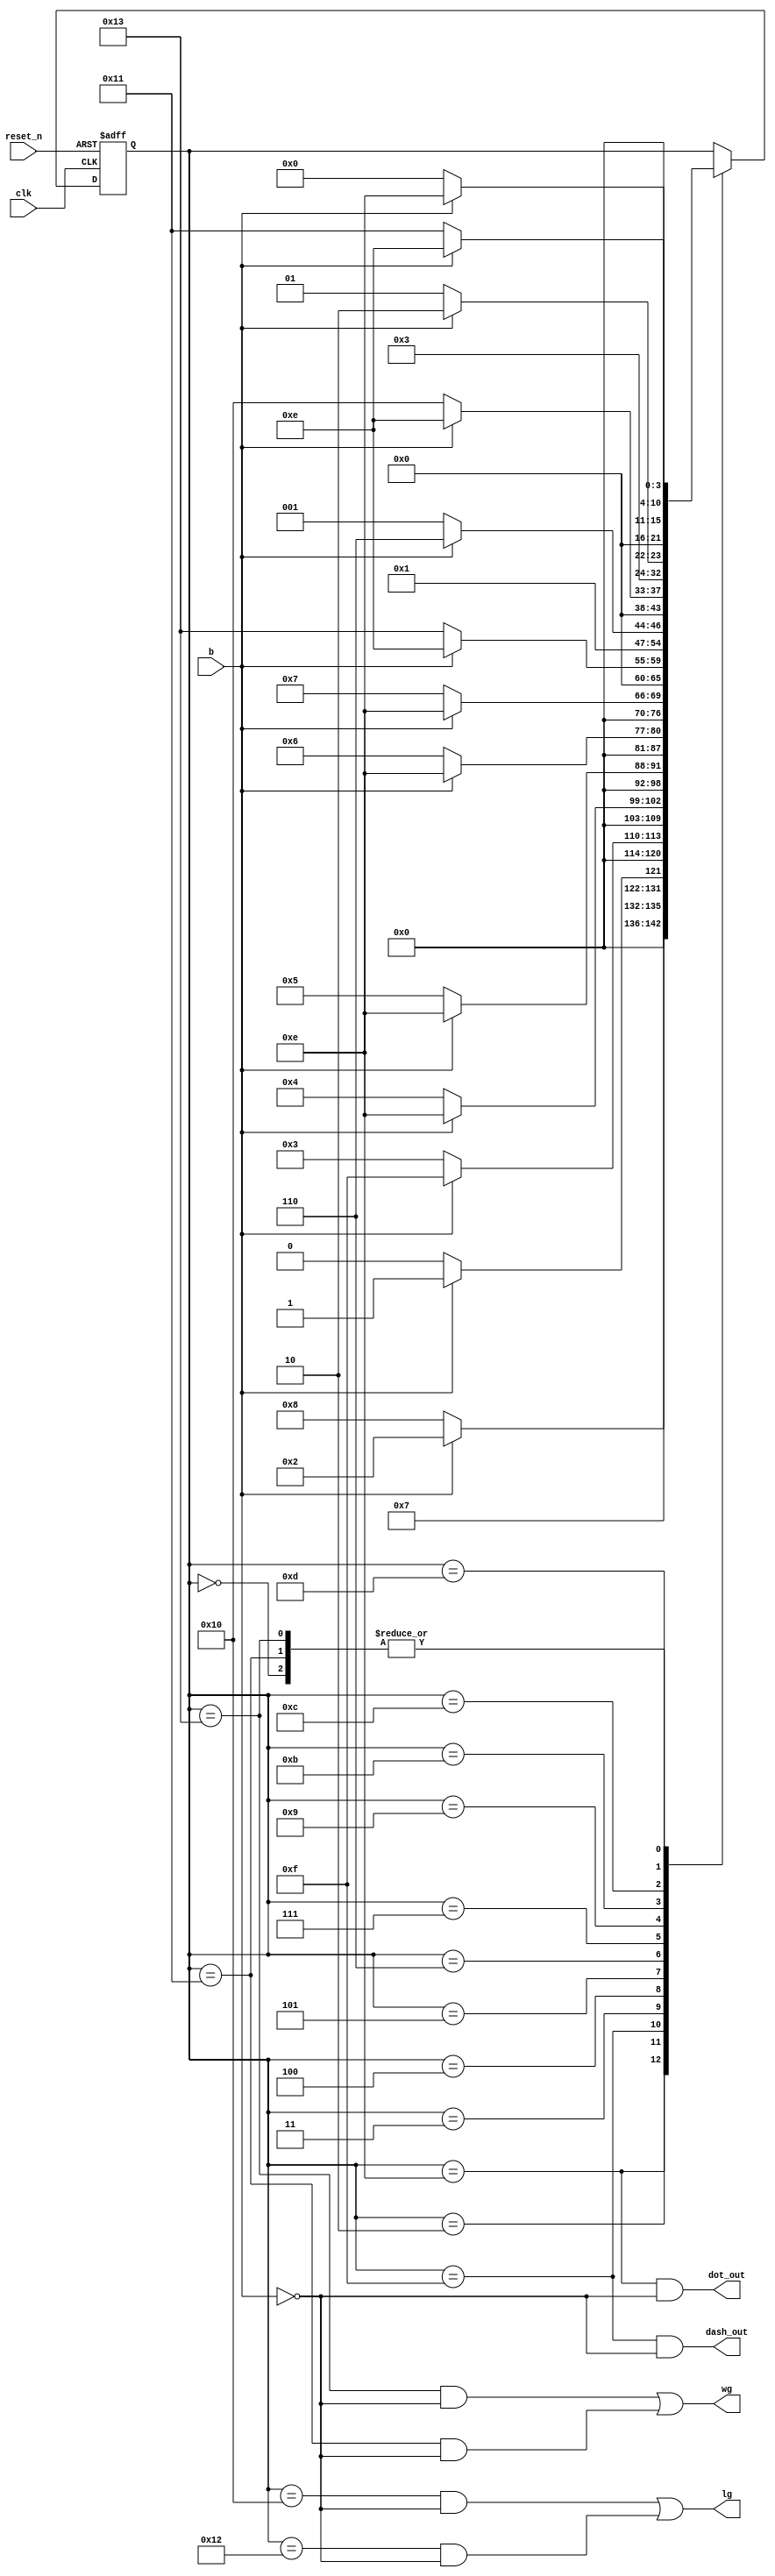
`timescale 1ns / 1ps
//////////////////////////////////////////////////////////////////////////////////
// Company: 
// Engineer: 
// 
// Design Name: 
// Module Name: morse_code_fsm
// Project Name: 
// Target Devices: 
// Tool Versions: 
// Description: 
// 
// Dependencies: 
// 
// Revision:
// Revision 0.01 - File Created
// Additional Comments:
// 
//////////////////////////////////////////////////////////////////////////////////


module morse_code_fsm(
    input clk,reset_n,
    output dot_out,dash_out,lg,wg,
    input b
    );
   
    reg [10:0] state_reg, state_next;
    localparam s0 = 0;
    localparam s8 = 8;
    localparam s2 = 2;
    localparam s3 = 3;
    localparam s4 = 4;
    localparam s5 = 5;
    localparam s6 = 6;
    localparam s7 = 7;
    
    localparam s9 = 9;
    
    localparam s11 = 11;
    localparam s12 = 12;
    localparam s13 = 13;
    localparam sdot = 14;
    localparam sdash = 15;
    localparam sLG1 = 16;
    localparam sWG1 = 17;
    localparam sLG2 = 18;
    localparam sWG2 = 19;
    // State register
    always @(posedge clk, negedge reset_n)
    begin
        if (~reset_n)
            state_reg <= s0;
        else
            state_reg <= state_next;
    end
    
    // Next State
    always @(*)
    begin
        state_next = state_reg;
        case(state_reg)
              
            s0: if(~b) //goes to dot output
                    state_next = s0;
               else if (b)
                    state_next = sdot;
               else
                    state_next = s0;
            sdot: if(~b) 
                    state_next = s8;
               else if (b)
                    state_next = s2;
               else
                    state_next = sdot;            
             
            s2: if(b)  
                    state_next = sdash;
            else if (~b)
                    state_next = sdot;
            else 
                    state_next = s2;
                    
            sdash: if(b) //dash output
                    state_next = sdash;
             else if (~b)
                    state_next = s3;
             else
                    state_next = sdash;
            s3: if(~b)  
                    state_next = s4;
                else if (b)
                    state_next = sdot;
            s4: if(~b)  
                    state_next = s5;
                 else if (b)
                    state_next = sdot;
            s5: if(~b)  
                    state_next = s6;
                 else if (b)
                    state_next = sdot;
            s6: if(~b)  
                    state_next = s7;
                   else if (b)
                    state_next = sdot;  
            s7: if(~b)  
                    state_next = sWG2;
                    else if (b)
                    state_next = sdot;
            sWG2: if(~b)  
                    state_next = s0;
                    else if (b)
                    state_next = sdot;
            s9: if(~b)  
                    state_next = s9;
                    else if (b)
                    state_next = sdot;
            s9: if(~b)  
                    state_next = sLG1;
                    else if (b)
                    state_next = sdot;
             s11: if(~b)  
                    state_next = sLG1;
                    else if (b)
                    state_next = sdot;
             s12: if(~b)  
                    state_next = s13;
                    else if (b)
                    state_next = sdot;
             s13: if(~b)  
                    state_next = sWG1;
                    else if (b)
                    state_next = sdot; 
             sWG1: if(~b)  
                    state_next = s0;
                    else if (b)
                    state_next = sdot;
            default: state_next = state_reg;
        endcase
    
    end
    
  
     assign dot_out = (state_reg == sdot) & (~b) ;
     assign dash_out =((state_reg == sdash) & (~b));
     
   
     assign lg = ((state_reg == sLG1) & (~b)) || ((state_reg == sLG2) & (~b)) ;
     assign wg = ((state_reg == sWG2) & (~b)) || ((state_reg == sWG1) & (~b));
     
     

    
    endmodule